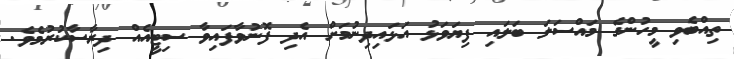
ތިއްބެވި މީހުންގެ މައްސަލަ ބަލައި ފިޔަވަޅު އަޅައިދިނުމަށް އެދި ފޮނުވާފައިވާ ސިޓީއެއް ދިރާސާކުރުމެވެ.